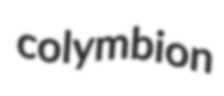
colymbion